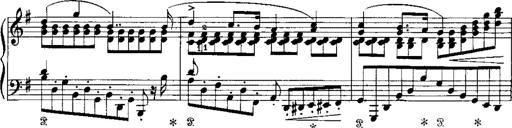
Title: RÃ©miniscences de Norma de Bellini
Composer: Franz Liszt